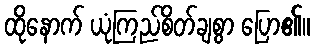
ထိုနောက် ယုံကြည်စိတ်ချစွာ ပြော၏။